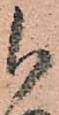
被